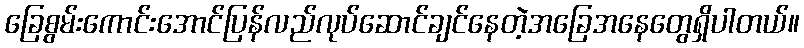
ခြေစွမ်းကောင်းအောင်ပြန်လည်လုပ်ဆောင်ချင်နေတဲ့အခြေအနေတွေရှိပါတယ်။